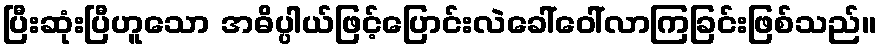
ပြီးဆုံးပြီဟူသော အဓိပ္ပါယ်ဖြင့်ပြောင်းလဲခေါ်ဝေါ်လာကြခြင်းဖြစ်သည်။